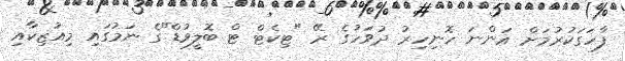
ފާހަގަކުރުމަށް އަންނަ ހޮނިހިރު ދުވަހުގެ ރޭ "ޓިކެޓް ޓް ބޮލީވުޑް"ގެ ނަމުގައި މިއުޒިކާއި